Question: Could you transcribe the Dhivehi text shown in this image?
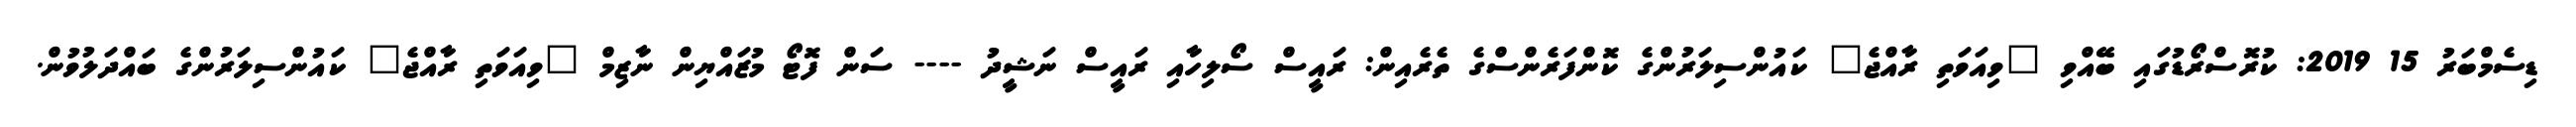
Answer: ޑިސެމްބަރު 15 2019: ކުރޮސްރޯޑުގައި ބޭއްވި "ވިއަވަތި ރާއްޖެ" ކައުންސިލަރުންގެ ކޮންފަރެންސްގެ ތެރެއިން: ރައީސް ސޯލިހާއި ރައީސް ނަޝީދު ---- ސަން ފޮޓޯ މުޒައްޔިން ނާޒިމް "ވިއަވަތި ރާއްޖެ" ކައުންސިލަރުންގެ ބައްދަލުވުން.